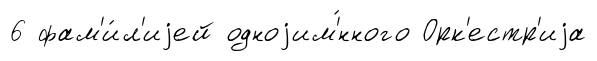
6 фам'и́л'иjей одноjим'́нного Орк'естр'иjа